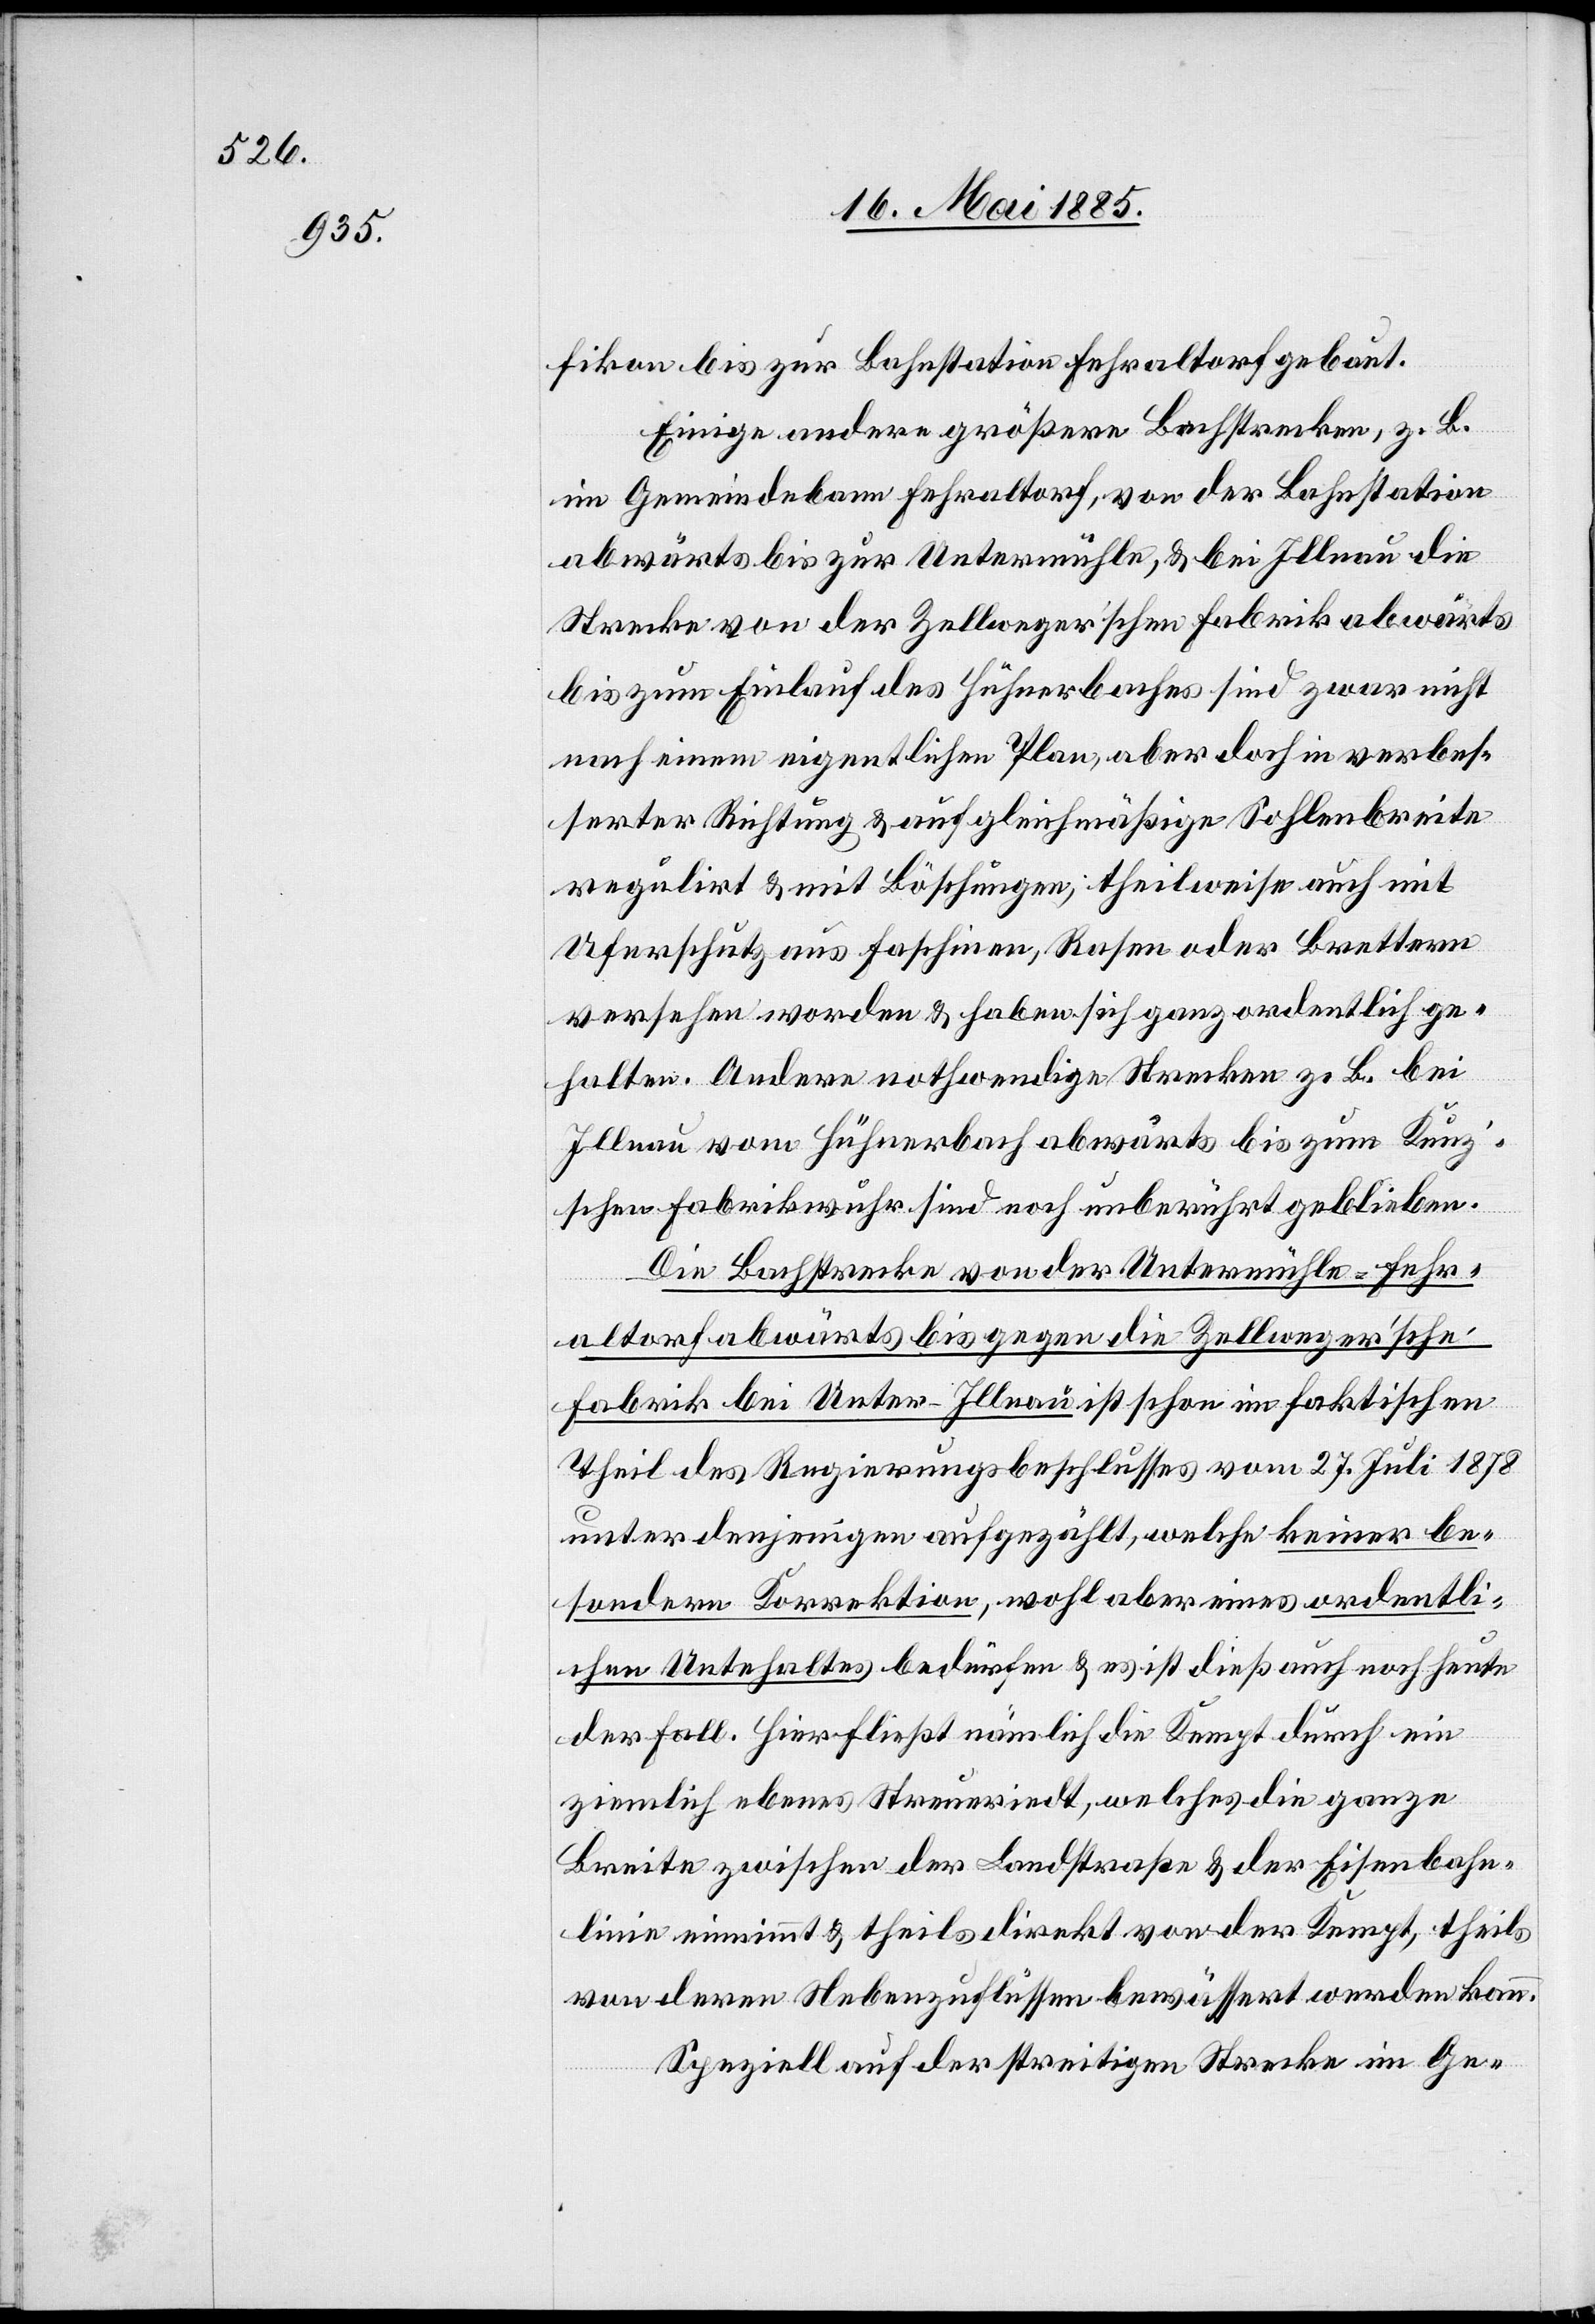
fikon bis zur Bahnstation Fehraltorf gebaut.
Einige andere größere Bachstrecken, z. B.
im Gemeindebann Fehraltorf, von der Bahnstation
abwärts bis zur Untermühle, & bei Illnau die
bis zum Einlauf des Hühnerbaches sind zwar nicht
nach einem eigentlichen Plan, aber doch in verbes¬
serter Richtung & auf gleichmäßige Sohlenbreite
regulirt & mit Böschungen; theilweise auch mit
Uferschutz aus Faschinen, Rasen oder Brettern
versehen worden & haben sich ganz ordentlich ge¬
halten. Andere nothwendige Strecken z. B. bei
Illnau vom Hühnerbach abwärts bis zum Kunz’s¬
chen Fabrikwuhr sind noch unberührt geblieben.
Die Bachstrecke von der Untermühle - Fehr¬
altorf abwärts bis gegen die Zellweger’sche
Fabrik bei Unter-Illnau ist schon im faktischen
Theil des Regierungsbeschlusses vom 27. Juli 1878
unter denjenigen aufgezählt, welche keiner be¬
sondern Korrektion, wohl aber eines ordentli¬
chen Unterhaltes bedürfen & es ist dieß auch noch heute
der Fall. Hier fließt nämlich die Kempt durch ein
ziemlich ebenes Streueriedt, welches die ganze
Breite zwischen der Landstraße & der Eisenbahn¬
linie einnimmt & theils direkt von der Kempt, theils
von deren Nebenzuflüssen bewässert werden kann.
Speziell auf der streitigen Strecke im Ge-